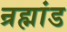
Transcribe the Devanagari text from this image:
न्रह्मांड